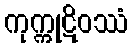
ကုက္ကုဋိဝဿံ